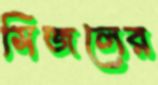
সিজলের